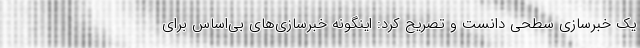
یک خبرسازی سطحی دانست و تصریح کرد: اینگونه خبرسازی‌های بی‌اساس برای